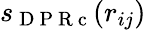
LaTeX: s_{\mathrm{~D~P~R~c~}}(r_{ij})